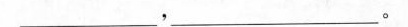
___，___。